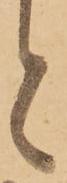
と